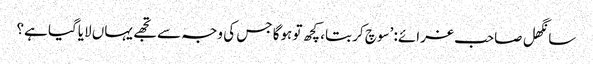
سانگھل صاحب غرائے: ’سوچ کر بتا، کچھ تو ہوگا جس کی وجہ سے تجھے یہاں لایاگیا ہے؟